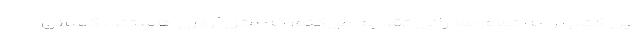
این کتاب را به تمام مادرانی تقدیم می‌کنم که مثل آردرن هستند. کسانی